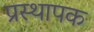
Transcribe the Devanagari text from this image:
प्रस्थापक